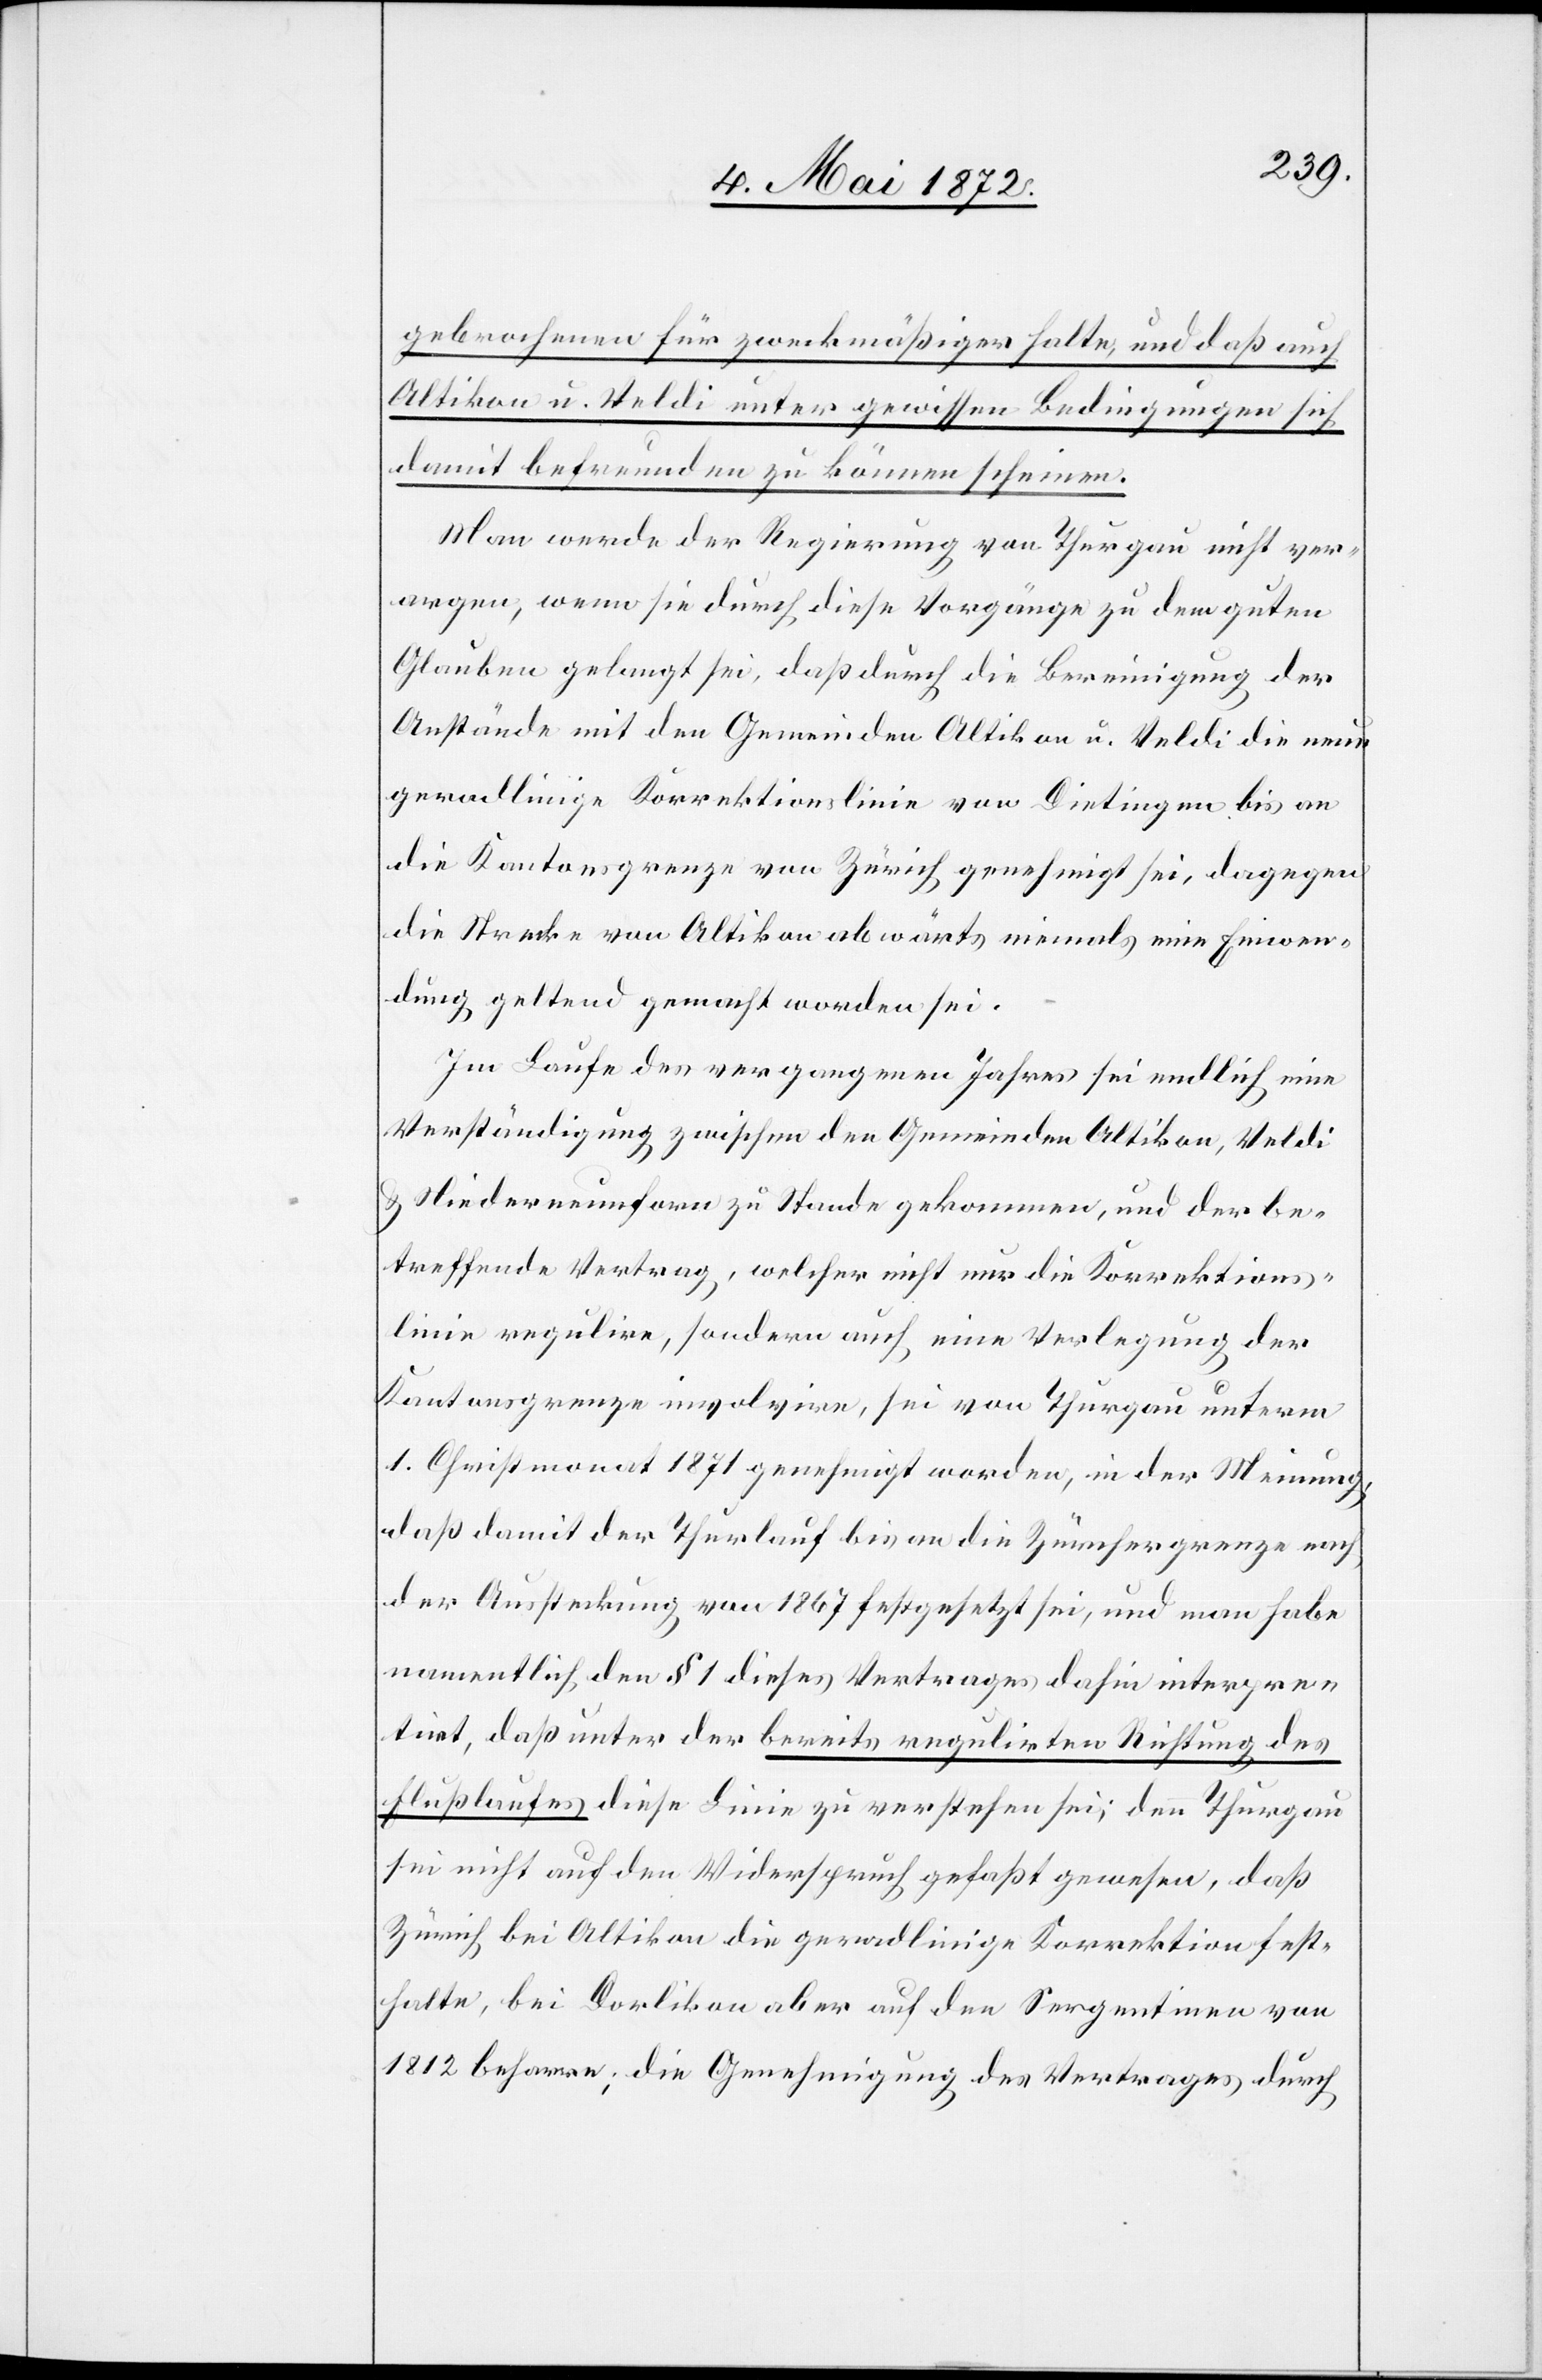
gebrochenen für zweckmäßiger halte, und daß auch
Altikon u. Veldi unter gewissen Bedingungen sich
damit befreunden zu können scheinen.
Man werde der Regierung von Thurgau nicht ver¬
argen, wenn sie durch diese Vorgänge zu dem guten
Glauben gelangt sei, daß durch die Bereinigung der
Anstände mit den Gemeinden Altikon u. Veldi die neue
geradlinige Korrektionslinie von Dietingen bis an
die Kantonsgrenze von Zürich genehmigt sei, dagegen
die Strecke von Altikon abwärts niemals eine Einwen¬
dung geltend gemacht worden sei.
Im Laufe des vergangenen Jahres sei endlich eine
Verständigung zwischen den Gemeinden Altikon, Veldi
u. Niederneunforn zu Stande gekommen, und der be¬
treffende Vertrag, welcher nicht nur die Korrektions¬
linie regulire, sondern auch eine Verlegung der
Kantonsgrenze involvire, sei von Thurgau unterm
1. Christmonat 1871 genehmigt worden, in der Meinung,
daß damit der Thurlauf bis an die Zürchergrenze nach
der Aussteckung von 1867 festgesetzt sei, und man habe
namentlich den § 1 dieses Vertrages dahin interpre¬
tirt, daß unter der bereits regulirten Richtung des
Flußlaufes diese Linie zu verstehen sei; denn Thurgau
sei nicht auf den Widerspruch gefaßt gewesen, daß
Zürich bei Altikon die geradlinige Korrektion fest¬
halte, bei Dorlikon aber auf den Ser[p]entinen von
1812 beharre; die Genehmigung des Vertrages durch